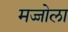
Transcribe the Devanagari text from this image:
मज्जोला